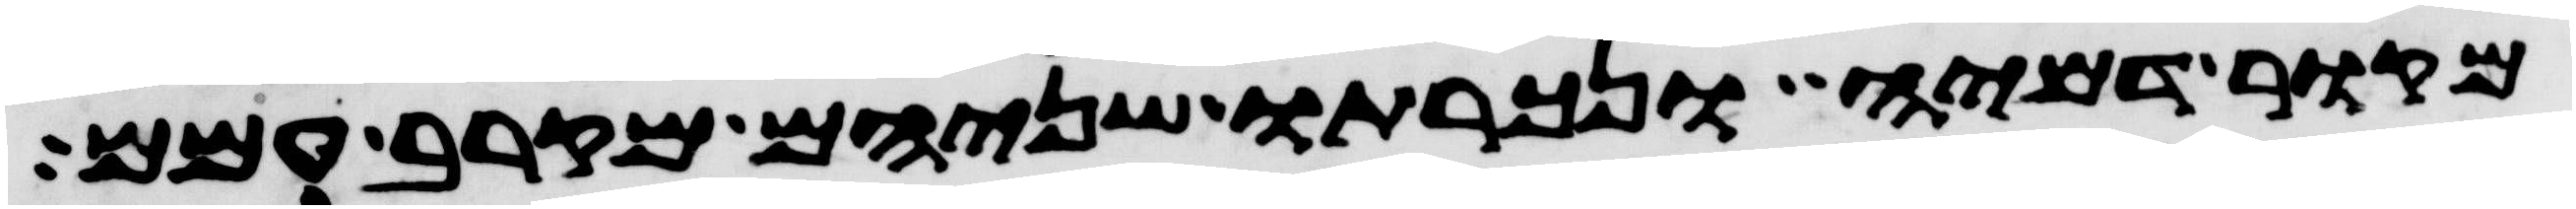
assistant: מקור דמיה ונכרתו שניהם מקרב עמם